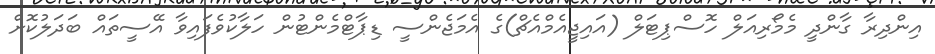
އިންދިރާ ގާންދީ މެމޯރިއަލް ހޮސްޕިޓަލް (އައިޖީއެމްއެޗް)ގެ އެމަޖެންސީ ޑިޕާޓްމެންޓުން ހަލާކުވެފައިވާ އޭސީތައް ބަދަލުކޮށް